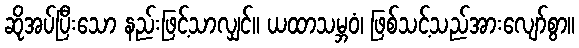
ဆိုအပ်ပြီးသော နည်းဖြင့်သာလျှင်။ ယထာသမ္ဘဝံ၊ ဖြစ်သင့်သည်အားလျော်စွာ။